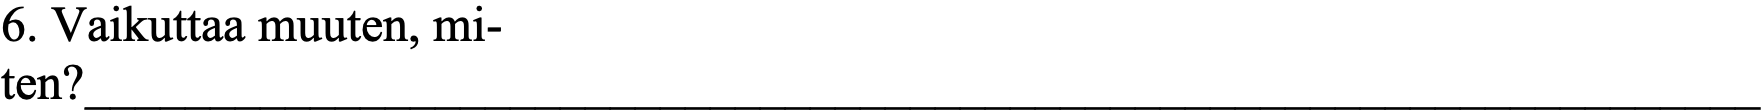
6. Vaikuttaa muuten, mi- ten?___________________________________________________________________